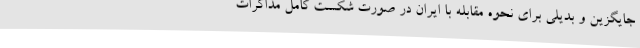
جایگزین و بدیلی برای نحوه مقابله با ایران در صورت شکست کامل مذاکرات